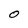
Character: 0